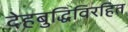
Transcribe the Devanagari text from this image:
देहबुद्धिविरहित